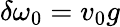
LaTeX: \delta\omega_{0}=v_{0}g